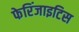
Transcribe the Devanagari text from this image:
फेरिंजाइटिस